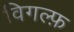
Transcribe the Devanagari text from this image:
विगल्फ़